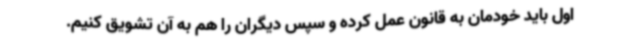
اول باید خودمان به قانون عمل کرده و سپس دیگران را هم به آن تشویق کنیم.